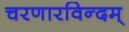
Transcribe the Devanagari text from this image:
चरणारविन्दम्